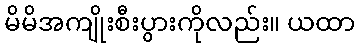
မိမိအကျိုးစီးပွားကိုလည်း။ ယထာ